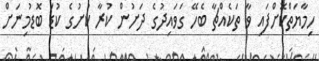
ހިމާޔަތްކޮށްފައި ވާ ތަކެއްޗާ ބެހޭ ގަވައިދުގެ ދަށުން ކުރާ ކުށުގެ ކުޑަ ބޮޑުމިނަށް